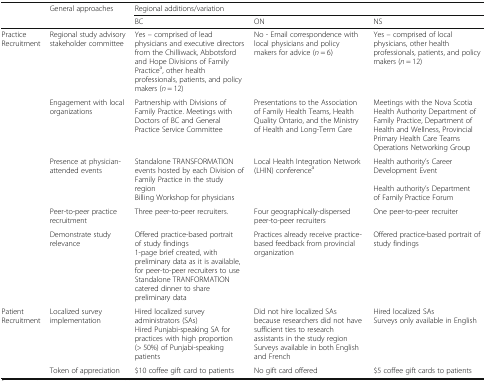
<table><thead><tr><td rowspan="2"></td><td rowspan="2"><b>General approaches</b></td><td colspan="3"><b>Regional additions/variation</b></td></tr><tr><td><b>BC</b></td><td><b>ON</b></td><td><b>NS</b></td></tr></thead><tbody><tr><td rowspan="5">Practice Recruitment</td><td>Regional study advisory stakeholder committee</td><td>Yes – comprised of lead physicians and executive directors from the Chilliwack, Abbotsford and Hope Divisions of Family Practice<sup>a</sup>, other health professionals, patients, and policy makers (<i>n</i> = 12)</td><td>No - Email correspondence with local physicians and policy makers for advice (<i>n</i> = 6)</td><td>Yes – comprised of local physicians, other health professionals, patients, and policy makers (<i>n</i> = 12)</td></tr><tr><td>Engagement with local organizations</td><td>Partnership with Divisions of Family Practice. Meetings with Doctors of BC and General Practice Service Committee</td><td>Presentations to the Association of Family Health Teams, Health Quality Ontario, and the Ministry of Health and Long-Term Care</td><td>Meetings with the Nova Scotia Health Authority Department of Family Practice, Department of Health and Wellness, Provincial Primary Health Care Teams Operations Networking Group</td></tr><tr><td>Presence at physician-attended events</td><td>Standalone TRANSFORMATION events hosted by each Division of Family Practice in the study regionBilling Workshop for physicians</td><td>Local Health Integration Network (LHIN) conference<sup>a</sup></td><td>Health authority’s Career Development EventHealth authority’s Department of Family Practice Forum</td></tr><tr><td>Peer-to-peer practice recruitment</td><td>Three peer-to-peer recruiters.</td><td>Four geographically-dispersed peer-to-peer recruiters</td><td>One peer-to-peer recruiter</td></tr><tr><td>Demonstrate study relevance</td><td>Offered practice-based portrait of study findings1-page brief created, with preliminary data as it is available, for peer-to-peer recruiters to useStandalone TRANFORMATION catered dinner to share preliminary data</td><td>Practices already receive practice-based feedback from provincial organization</td><td>Offered practice-based portrait of study findings</td></tr><tr><td rowspan="2">Patient Recruitment</td><td>Localized survey implementation</td><td>Hired localized survey administrators (SAs)Hired Punjabi-speaking SA for practices with high proportion (&gt; 50%) of Punjabi-speaking patients</td><td>Did not hire localized SAs because researchers did not have sufficient ties to research assistants in the study regionSurveys available in both English and French</td><td>Hired localized SAsSurveys only available in English</td></tr><tr><td>Token of appreciation</td><td>$10 coffee gift card to patients</td><td>No gift card offered</td><td>$5 coffee gift cards to patients</td></tr></tbody></table>